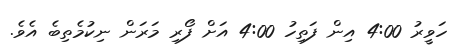
ހަވީރު 4:00 އިން ފަތިހު 4:00 އަށް ފޯރި މަރަން ނިކުމެތިބެ އެވެ.